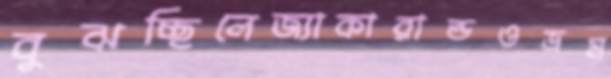
বুঝচ্ছিলেজ্যাকারান্ডওভ্রম